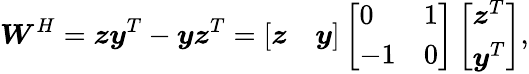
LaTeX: \boldsymbol{W}^{H}=\boldsymbol{z}\boldsymbol{y}^{T}-\boldsymbol{y}\boldsymbol{z}^{T}=\left[\begin{array}{ll}{\boldsymbol{z}}&{\boldsymbol{y}}\end{array}\right]\left[\begin{array}{ll}{0}&{1}\\ {-1}&{0}\end{array}\right]\left[\begin{array}{l}{\boldsymbol{z}^{T}}\\ {\boldsymbol{y}^{T}}\end{array}\right],